Leaving Certificate Examination (including Day School Certificate (Higher) General paper), 1935
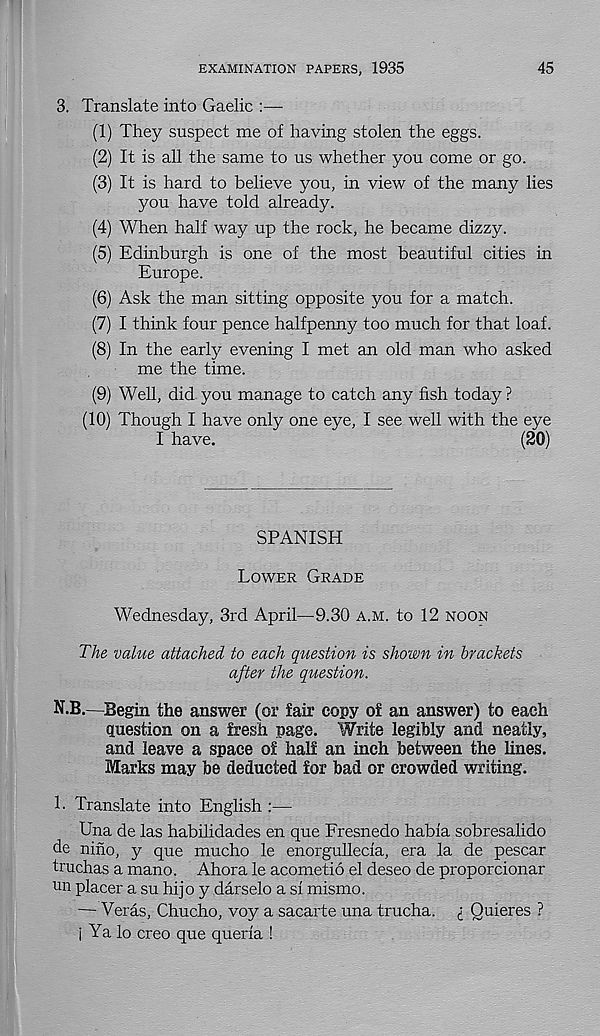
EXAMINATION PAPERS, 1935
45
3. Translate into Gaelic :—
(1) They suspect me of having stolen the eggs.
(2) It is all the same to us whether you come or go.
(3) It is hard to believe you, in view of the many lies
you have told already.
(4) When half way up the rock, he became dizzy.
(5) Edinburgh is one of the most beautiful cities in
Europe.
(6) Ask the man sitting opposite you for a match.
(7) I think four pence halfpenny too much for that loaf.
(8) In the early evening I met an old man who asked
me the time.
(9) Well, did you manage to catch any fish today ?
(10) Though I have only one eye, I see well with the eye
I have.
(20)
SPANISH
Lower Grade
Wednesday, 3rd April—9.30 a.m. to 12 noon
The value attached to each question is shown in brackets
after the question.
N.B.—Begin the answer (or fair copy of an answer) to each
question on a fresh page. Write legibly and neatly,
and leave a space of half an inch between the lines.
Marks may be deducted for bad or crowded writing.
1- Translate into English :—
Una de las habilidades en que Fresnedo habia sobresalido
de nino, y que mucho le enorgullecia, era la de pescar
truchas a mano. Ahora le acometio el deseo de proporcionar
un placer a su hijo y darselo a si mismo.
— Veras, Chucho, voy a sacarte una trucha. i Quieres ?
i Ya lo creo que queria !